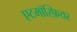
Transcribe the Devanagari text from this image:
एटमॉस्फ़ियर